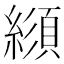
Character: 𦄼